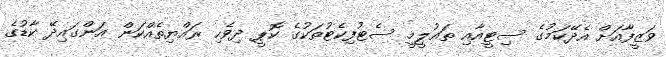
ވަޒީފާއަށް އެދޭކަމުގެ ސިޓީއާއި ތައުލީމީ ސެޓުފިކެޓުތަކުގެ ކޮޕީ ދިވެހި ރައްޔިތެއްކަން އަންގައިދޭ ކާޑުގެ